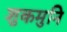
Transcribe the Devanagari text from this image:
शुकमुनि